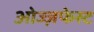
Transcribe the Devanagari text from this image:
ओज्ज़फेस्ट